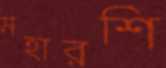
মহারশি